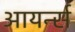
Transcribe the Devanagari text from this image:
आयर्न्स